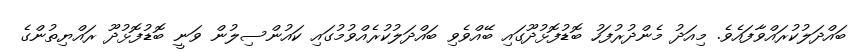
ބައްދަލުކުރައްވާފައެވެ. މިއަދު މެންދުރުފަހު ބޮޑުފޮޅުދޫގައި ބޭއްވެވި ބައްދަލުކުރެއްވުމުގައި ކައުންސިލުން ވަނީ ބޮޑުފޮޅުދޫ ރައްޔިތުންގެ